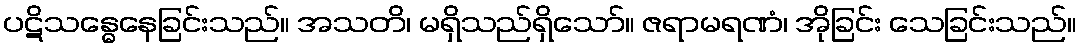
ပဋိသန္ဓေနေခြင်းသည်။ အသတိ၊ မရှိသည်ရှိသော်။ ဇရာမရဏံ၊ အိုခြင်း သေခြင်းသည်။